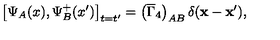
\left[ \Psi _ { A } ( x ) , \Psi _ { B } ^ { + } ( x ^ { \prime } ) \right] _ { t = t ^ { \prime } } = \left( \overline { { \Gamma } } _ { 4 } \right) _ { A B } \delta ( \mathbf { x } - \mathbf { x } ^ { \prime } ) ,